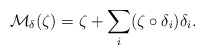
\begin{align*}{\mathcal M}_\delta(\zeta)=\zeta+\sum_i(\zeta\circ\delta_i)\delta_i.\end{align*}